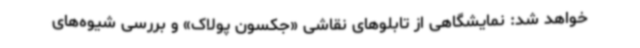
خواهد شد: نمایشگاهی از تابلوهای نقاشی «جکسون پولاک» و بررسی شیوه‌های